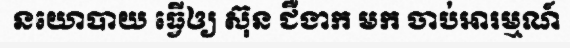
នយោបាយ ធ្វើឲ្យ ស៊ុន ជឺងាក មក ចាប់អារម្មណ៍